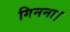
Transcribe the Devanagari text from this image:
गिनना।